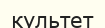
культет